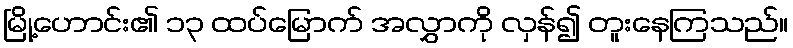
မြို့ဟောင်း၏ ၁၃ ထပ်မြောက် အလွှာကို လှန်၍ တူးနေကြသည်။